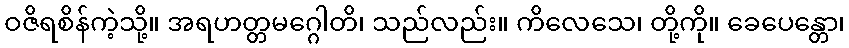
ဝဇိရစိန်ကဲ့သို့။ အရဟတ္တမဂ္ဂေါတိ၊ သည်လည်း။ ကိလေသေ၊ တို့ကို။ ခေပေန္တော၊